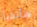
سأتقيأ